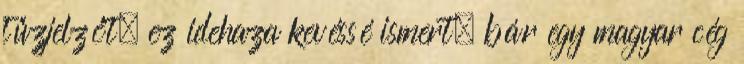
tűzjelzőt, ez idehaza kevéssé ismert, bár egy magyar cég